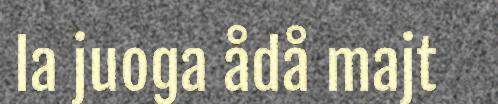
la juoga ådå majt